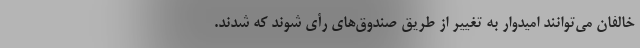
خالفان می‌توانند امیدوار به تغییر از طریق صندوق‌های رأی شوند که شدند.